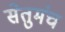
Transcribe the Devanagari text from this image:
सेतुमंच